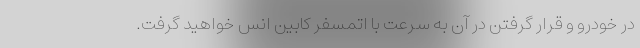
درِ خودرو و قرار گرفتن در آن به سرعت با اتمسفر کابین انس خواهید گرفت.